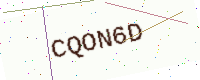
Text: CQON6D